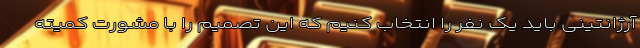
آرژانتینی باید یک نفر را انتخاب کنیم که این تصمیم را با مشورت کمیته